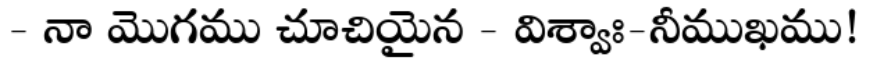
- నా మొగము చూచియైన - విశ్వాః-నీముఖము!